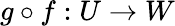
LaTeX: g\circ f:U\rightarrow W